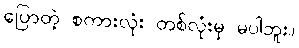
ပြောတဲ့ စကားလုံး တစ်လုံးမှ မပါဘူး။